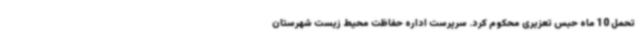
تحمل 10 ماه حبس تعزیری محکوم کرد. سرپرست اداره حفاظت محیط زیست شهرستان